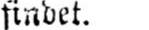
findet.